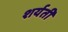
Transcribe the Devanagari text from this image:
शर्यतीं